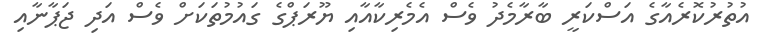
އުތުރުކޮރެއާގެ އަސްކަރީ ބާރާމެދު ވެސް އެމެރިކާއާއި ޔޫރަޕްގެ ގައުމުތަކަށް ވެސް އަދި ޖަޕާނާއި